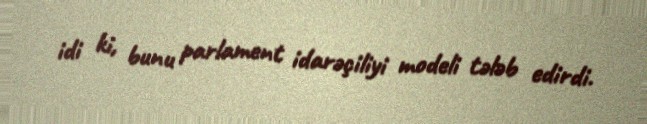
idi ki, bunu parlament idarəçiliyi modeli tələb edirdi.